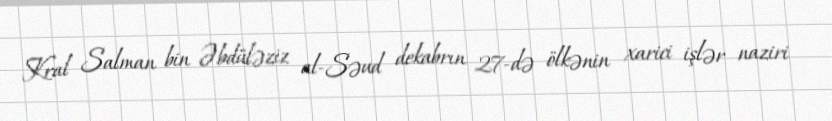
Kral Salman bin Əbdüləziz al-Səud dekabrın 27-də ölkənin xarici işlər naziri